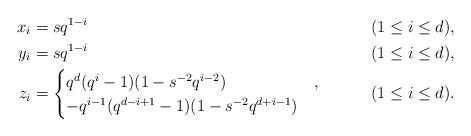
LaTeX: \begin{align*} x_i &= s q^{1-i} && (1 \leq i \leq d),\\ y_i &= s q^{1-i} && (1 \leq i \leq d),\\ z_i & = \begin{cases} q^d (q^i-1)(1- s^{-2} q^{i-2}) & , \\ - q^{i-1} (q^{d-i+1}-1)(1-s^{-2} q^{d+i-1}) & \end{cases} & & (1 \leq i \leq d).\end{align*}